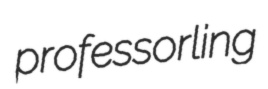
professorling